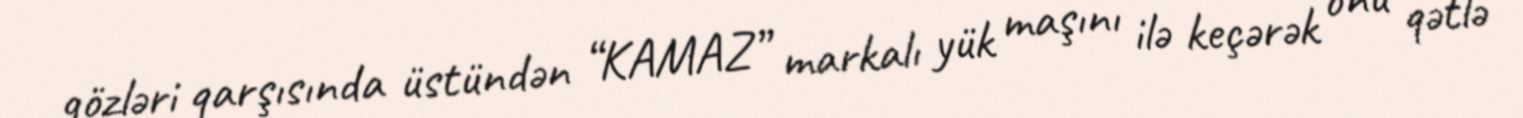
gözləri qarşısında üstündən “KAMAZ” markalı yük maşını ilə keçərək onu qətlə